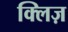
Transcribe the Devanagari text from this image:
क्लिज़